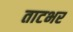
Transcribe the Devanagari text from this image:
ताटभर